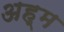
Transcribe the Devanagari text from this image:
अह्म